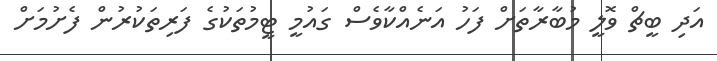
އަދި ބީޗް ވޮލީ މުބާރާތަށް ފަހު އަނެއްކާވެސް ގައުމީ ޓީމުތަކުގެ ފަރިތަކުރުން ފެށުމަށް